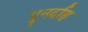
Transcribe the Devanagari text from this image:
पुनर्दाह